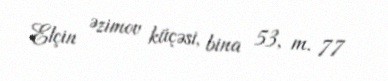
Elçin Əzimov küçəsi, bina 53, m. 77